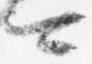
可